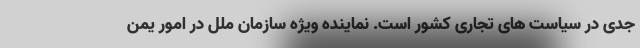
جدی در سیاست های تجاری کشور است. نماینده ویژه سازمان ملل در امور یمن